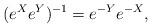
LaTeX: \begin{align*}(e^X e^Y)^{-1}= e^{-Y} e^{-X}, \end{align*}